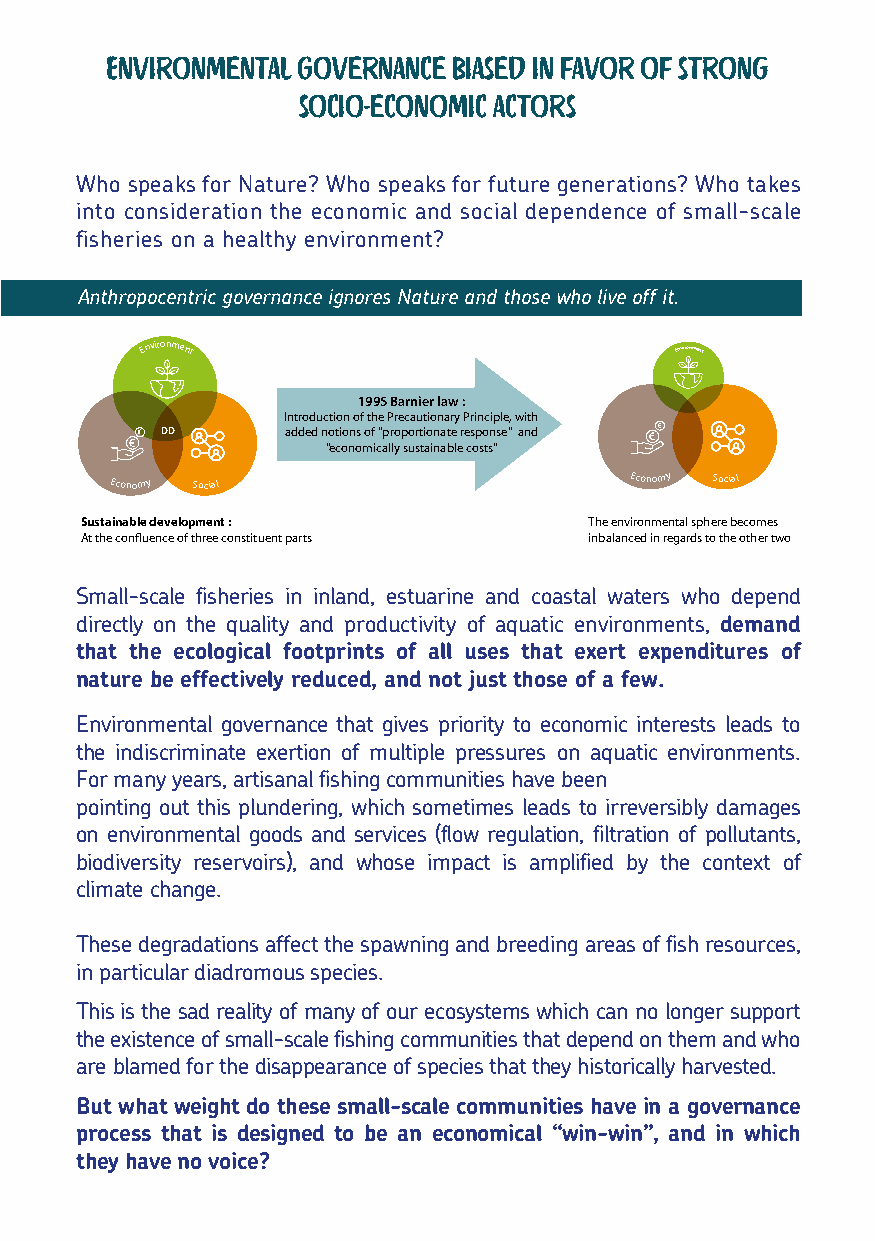
Environmental Governance biased in favor of strong
 socio-economic actors
 Who speaks for Nature? Who speaks for future generations? Who takes
 into consideration the economic and social dependence of small-scale
 fisheries on a healthy environment?
 Anthropocentric governance ignores Nature and those who live off it.
 Environment                         Environment
 1995 Barnier law :
 Introduction of the Precautionary Principle, with
 DD      added notions of "proportionate response" and
 "economically sustainable costs"
 Economy Social                     Economy Social
 Sustainable development :         The environmental sphere becomes
 At the confluence of three constituent parts inbalanced in regards to the other two
 Small-scale fisheries in inland, estuarine and coastal waters who depend
 directly on the quality and productivity of aquatic environments, demand
 that the ecological footprints of all uses that exert expenditures of
 nature be effectively reduced, and not just those of a few.
 Environmental governance that gives priority to economic interests leads to
 the indiscriminate exertion of multiple pressures on aquatic environments.
 For many years, artisanal fishing communities have been
 pointing out this plundering, which sometimes leads to irreversibly damages
 on environmental goods and services (flow regulation, filtration of pollutants,
 biodiversity reservoirs), and whose impact is amplified by the context of
 climate change.
 These degradations affect the spawning and breeding areas of fish resources,
 in particular diadromous species.
 This is the sad reality of many of our ecosystems which can no longer support
 the existence of small-scale fishing communities that depend on them and who
 are blamed for the disappearance of species that they historically harvested.
 But what weight do these small-scale communities have in a governance
 process that is designed to be an economical “win-win”, and in which
 they have no voice?